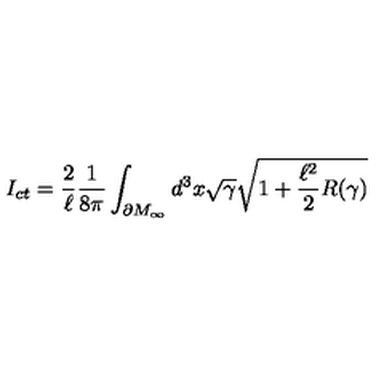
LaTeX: I _ { c t } = \frac { 2 } { \ell } \frac { 1 } { 8 \pi } \int _ { \partial M _ { \infty } } d ^ { 3 } x \sqrt { \gamma } \sqrt { 1 + \frac { \ell ^ { 2 } } { 2 } R ( \gamma ) }